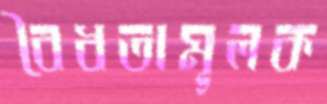
বৈধতামূলক